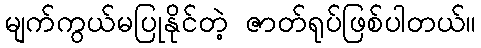
မျက်ကွယ်မပြုနိုင်တဲ့ ဇာတ်ရုပ်ဖြစ်ပါတယ်။